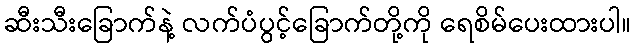
ဆီးသီးခြောက်နဲ့ လက်ပံပွင့်ခြောက်တို့ကို ရေစိမ်ပေးထားပါ။